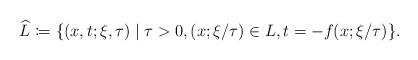
LaTeX: \begin{align*} \widehat{L} \coloneqq \{ (x,t;\xi,\tau) \mid \tau >0, (x;\xi/\tau) \in L, t=-f(x;\xi/\tau) \}.\end{align*}